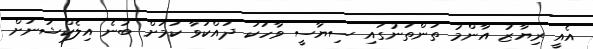
އެއީ ރިޔާޒު އާންމު ތަންތަނުގައި ސިޔާސީ ވާހަކަ ދައްކަވާ ކަމަށް ބުނެ އިލެކްޝަނަށް